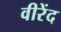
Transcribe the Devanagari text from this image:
वीरेंद